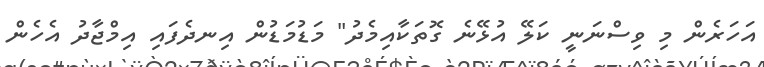
އަހަރެން މި ވިސްނަނީ ކަލޭ އުޅޭނެ ގޮތަކާއިމެދު" މަޑުމަޑުން އިނދެފައި އިމްޖާދު އެހެން